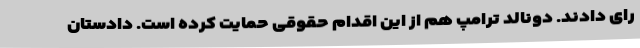
رای دادند. دونالد ترامپ هم از این اقدام حقوقی حمایت کرده است. دادستان